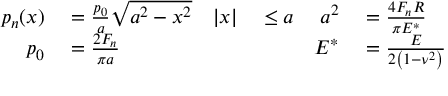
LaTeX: \begin{array} { r l r l r l r } { p _ { n } ( x ) } & { { } = { \frac { p _ { 0 } } { a } } { \sqrt { a ^ { 2 } - x ^ { 2 } } } } & { | x | } & { { } \leq a } & { a ^ { 2 } } & { { } = { \frac { 4 F _ { n } R } { \pi E ^ { * } } } } \\ { p _ { 0 } } & { { } = { \frac { 2 F _ { n } } { \pi a } } } & { } & { { } } & { E ^ { * } } & { { } = { \frac { E } { 2 \left( 1 - \nu ^ { 2 } \right) } } } & { } \end{array}